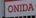
onida